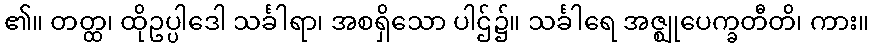
၏။ တတ္ထ၊ ထိုဥပ္ပါဒေါ သင်္ခါရာ၊ အစရှိသော ပါဌ်၌။ သင်္ခါရေ အဇ္ဈုပေက္ခတီတိ၊ ကား။